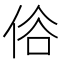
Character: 𠈻